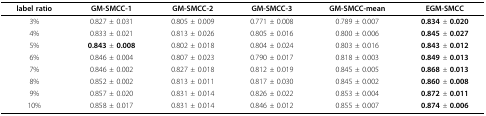
<table><thead><tr><td><b>label ratio</b></td><td><b>GM-SMCC-1</b></td><td><b>GM-SMCC-2</b></td><td><b>GM-SMCC-3</b></td><td><b>GM-SMCC-mean</b></td><td><b>EGM-SMCC</b></td></tr></thead><tbody><tr><td>3%</td><td>0.827 <i>± </i>0.031</td><td>0.805 <i>± </i>0.009</td><td>0.771 <i>± </i>0.008</td><td>0.789 <i>± </i>0.007</td><td><b>0.834 </b><i>± </i><b>0.020</b></td></tr><tr><td>4%</td><td>0.833 <i>± </i>0.021</td><td>0.813 <i>± </i>0.026</td><td>0.805 <i>± </i>0.016</td><td>0.800 <i>± </i>0.006</td><td><b>0.845 </b><i>± </i><b>0.027</b></td></tr><tr><td>5%</td><td><b>0.843 </b><i>± </i><b>0.008</b></td><td>0.802 <i>± </i>0.018</td><td>0.804 <i>± </i>0.024</td><td>0.803 <i>± </i>0.016</td><td><b>0.843 </b><i>± </i><b>0.012</b></td></tr><tr><td>6%</td><td>0.846 <i>± </i>0.004</td><td>0.807 <i>± </i>0.023</td><td>0.790 <i>± </i>0.017</td><td>0.818 <i>± </i>0.003</td><td><b>0.849 </b><i>± </i><b>0.013</b></td></tr><tr><td>7%</td><td>0.846 <i>± </i>0.002</td><td>0.827 <i>± </i>0.018</td><td>0.812 <i>± </i>0.019</td><td>0.845 <i>± </i>0.005</td><td><b>0.868 </b><i>± </i><b>0.013</b></td></tr><tr><td>8%</td><td>0.852 <i>± </i>0.002</td><td>0.813 <i>± </i>0.011</td><td>0.817 <i>± </i>0.030</td><td>0.845 <i>± </i>0.002</td><td><b>0.860 </b><i>± </i><b>0.008</b></td></tr><tr><td>9%</td><td>0.857 <i>± </i>0.020</td><td>0.831 <i>± </i>0.014</td><td>0.826 <i>± </i>0.022</td><td>0.853 <i>± </i>0.004</td><td><b>0.872 </b><i>± </i><b>0.011</b></td></tr><tr><td>10%</td><td>0.858 <i>± </i>0.017</td><td>0.831 <i>± </i>0.014</td><td>0.846 <i>± </i>0.012</td><td>0.855 <i>± </i>0.007</td><td><b>0.874 </b><i>± </i><b>0.006</b></td></tr></tbody></table>